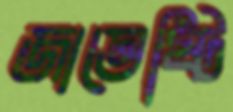
জাতেষ্টি